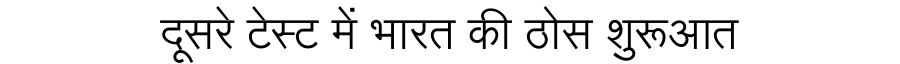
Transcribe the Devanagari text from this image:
दूसरे टेस्ट में भारत की ठोस शुरूआत